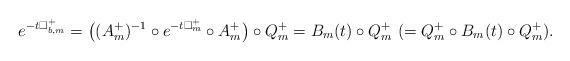
LaTeX: \begin{align*} e^{-t\Box^+_{b,m}}=\big((A^+_m)^{-1}\circ e^{-t\Box^+_m}\circ A^+_m\big)\circ Q_m^+=B_m(t)\circ Q^+_m\,\,(=Q^+_m\circ B_m(t)\circ Q^+_m).\end{align*}